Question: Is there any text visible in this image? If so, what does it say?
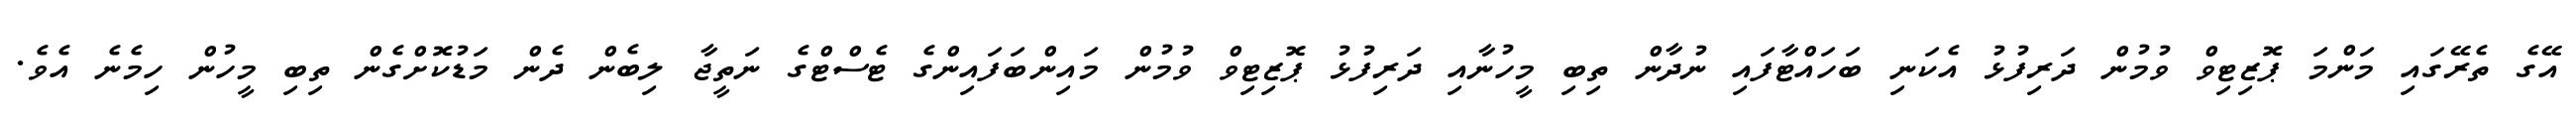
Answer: އޭގެ ތެރޭގައި މަންމަ ޕޮޒިޓިވް ވުމުން ދަރިފުޅު އެކަނި ބަހައްޓާފައި ނުދާން ތިބި މީހުނާއި ދަރިފުޅު ޕޮޒިޓިވް ވުމުން މައިންބަފައިންގެ ޓެސްޓްގެ ނަތީޖާ ލިބެން ދެން މަޑުކޮށްގެން ތިބި މީހުން ހިމެނެ އެވެ.